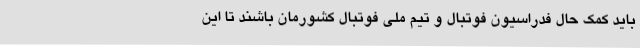
باید کمک حال فدراسیون فوتبال و تیم ملی فوتبال کشورمان باشند تا این